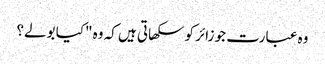
وہ عبارت جو زائر کو سکھاتی ہیں کہ وہ "کیا بولے؟